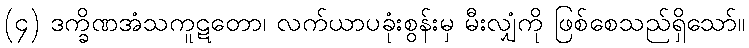
(၄) ဒက္ခိဏအံသကူဋတော၊ လက်ယာပခုံးစွန်းမှ မီးလျှံကို ဖြစ်စေသည်ရှိသော်။